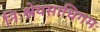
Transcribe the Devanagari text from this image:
निःश्रेयसाधिगमः